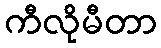
ကီလိုမီတာ